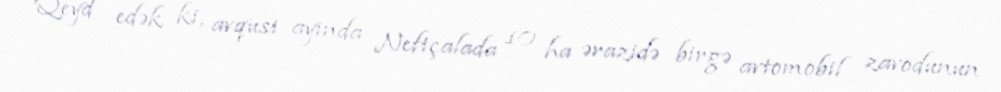
Qeyd edək ki, avqust ayında Neftçalada 10 ha ərazidə birgə avtomobil zavodunun